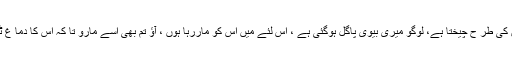
وہ بھی جنونیوں کی طر ح چیختا ہے، لوگو میری بیوی پاگل ہوگئی ہے ، اس لئے میں اس کو ماررہا ہوں ، آﺅ تم بھی اسے مارو تا کہ اس کا دما غ ٹھیک ہو جائے ۔